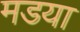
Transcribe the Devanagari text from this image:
मडया